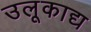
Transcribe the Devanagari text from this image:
उलूकाद्य